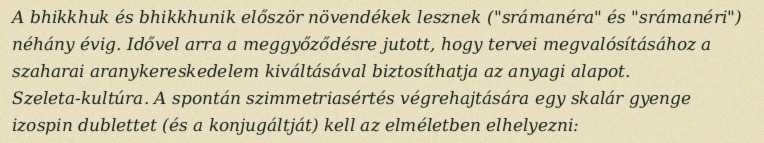
A bhikkhuk és bhikkhunik először növendékek lesznek ("srámanéra" és "srámanéri") néhány évig. Idővel arra a meggyőződésre jutott, hogy tervei megvalósításához a szaharai aranykereskedelem kiváltásával biztosíthatja az anyagi alapot. Szeleta-kultúra. A spontán szimmetriasértés végrehajtására egy skalár gyenge izospin dublettet (és a konjugáltját) kell az elméletben elhelyezni: